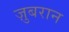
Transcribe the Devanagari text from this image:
ज़ुबरान